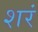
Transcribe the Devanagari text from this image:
शरं